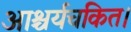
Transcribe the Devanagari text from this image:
आश्चर्यचकित।